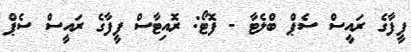
ފީފާގެ ރައީސް ސެޕް ބްލެޓާ - ފޮޓޯ: ރޮއިޓާސް ފީފާގެ ރައީސް ސެޕް